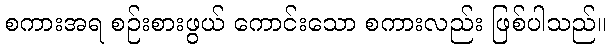
စကားအရ စဉ်းစားဖွယ် ကောင်းသော စကားလည်း ဖြစ်ပါသည်။